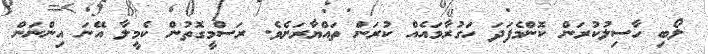
ލޯބި ހާސިލުކުރަން ކޮންމެފަދަ ހަގުރާމައެއް ކުރަން ތައްޔާރަށެވެ. ރަސްމީގޮތުން ކެމީލާ އޭނަ އިންނަން